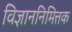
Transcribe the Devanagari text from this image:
विज्ञाननिमित्तक